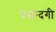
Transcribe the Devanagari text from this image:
पसन्दगी